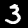
Digit: 3